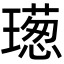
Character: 𤩿